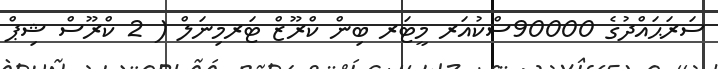
ސަރަޙައްދުގެ 90000ސްކުއަރ މީޓަރ ބިން ކްރޫޒް ޓަރމިނަލް ( 2 ކްރޫސް ޝިޕް